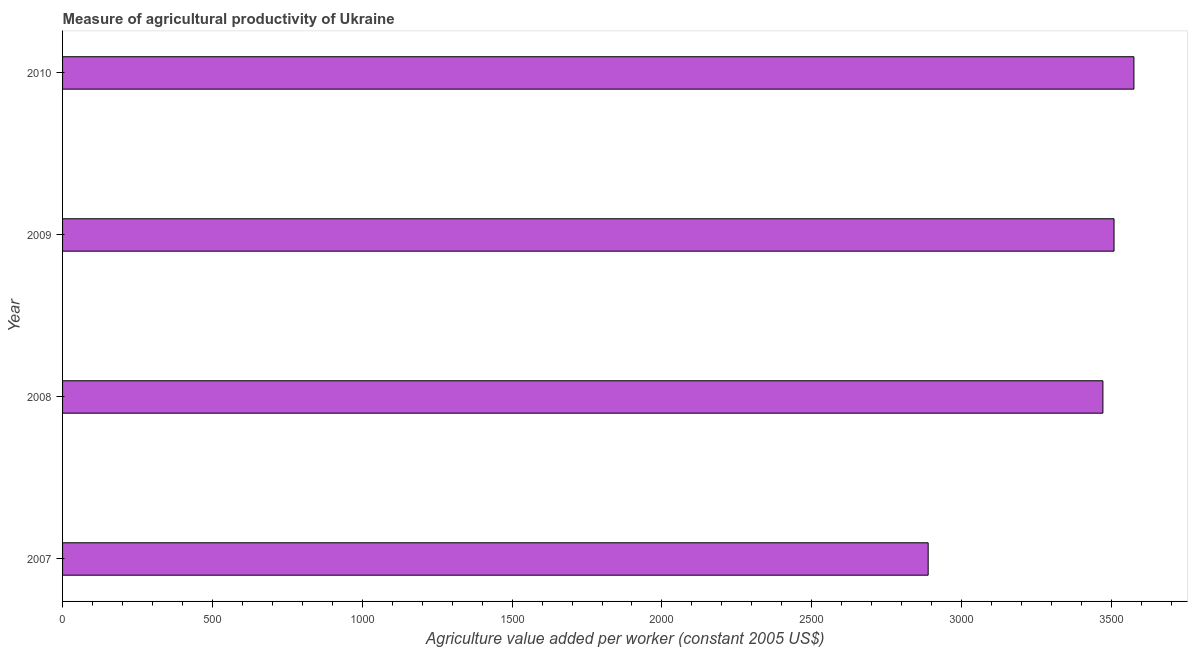
| Year | Agriculture value added per worker |
 | --- | --- |
 | 2007 | 2.89e+03 |
 | 2008 | 3.47e+03 |
 | 2009 | 3.51e+03 |
 | 2010 | 3.57e+03 |